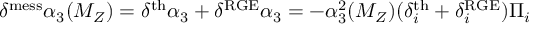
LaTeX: \delta ^ { \mathrm { m e s s } } \alpha _ { 3 } ( M _ { Z } ) = \delta ^ { \mathrm { t h } } \alpha _ { 3 } + \delta ^ { \mathrm { R G E } } \alpha _ { 3 } = - \alpha _ { 3 } ^ { 2 } ( M _ { Z } ) ( \delta _ { i } ^ { \mathrm { t h } } + \delta _ { i } ^ { \mathrm { R G E } } ) \Pi _ { i }